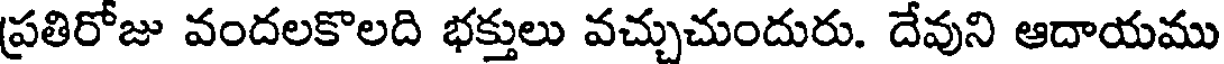
ప్రతిరోజు వందలకొలది భక్తులు వచ్చుచుందురు. దేవుని ఆదాయము